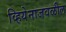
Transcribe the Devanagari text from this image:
व्हियेनाजवळील